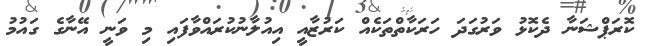
ކޮރަޕްޝަނާ ދެކޮޅު ވަރުގަދަ ހަރަކާތްތަކެއް ކަރުޒާއީ އިއުލާނުކުރައްވާފައި މި ވަނީ އޭނާގެ ގައުމު